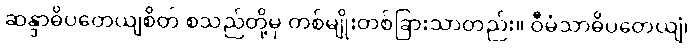
ဆန္ဒာဓိပတေယျစိတ် စသည်တို့မှ တစ်မျိုးတစ်ခြားသာတည်း။ ဝီမံသာဓိပတေယျံ၊